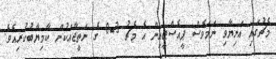
މެޗުގައި އަނިޔާވި ނަމަވެސް ޕީއެސްޖީއިން އެ މެޗު 3-0 ގެ ނަތީޖާއަކުން ކާމިޔާބުކުރިއެވެ.